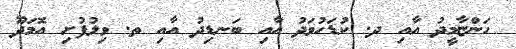
ހަންޏާމީދު އާއި ދ. ކުޑަހުވަދު އާއި ބަނޑިދު އާއި ތ. ވިލުފުށި އޮމަދޫ